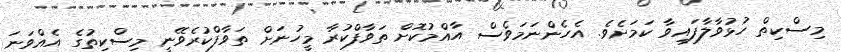
މިސްކިތް ހުޅުވާލާފައިވާ ކަމަށެވެ. އެހެންނަމަވެސް އާއްމުކޮށް ތަވާފްކުރާ މީހުނަށް ތަވާފްކުރެވޭނީ މިސްކިތުގެ އެއްވަނަ